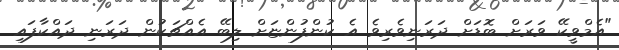
"އެމްވީކޭ ވަރަށް ބޮޑަށް ދަރަނިވެރިވެ އެ ކުންފުންޏަށް ލިބޭ އެއްޗަކުން ދަރަނި ދައްކާފައި